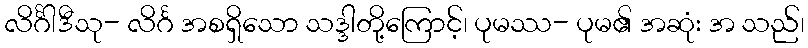
လိင်္ဂါဒီသု- လိင်္ဂ အစရှိသော သဒ္ဒါတို့ကြောင့်၊ ပုမဿ- ပုမ၏ အဆုံး အ သည်၊